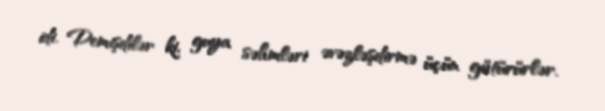
idi. Demişdilər ki, guya səhmləri əvəzləşdirmə üçün götürürlər.